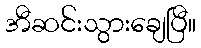
အီဆင်းသွားချေပြီ။